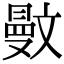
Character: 𣁜